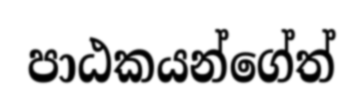
පාඨකයන්ගේත්